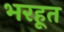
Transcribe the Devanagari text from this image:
भरहूत